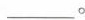
___。